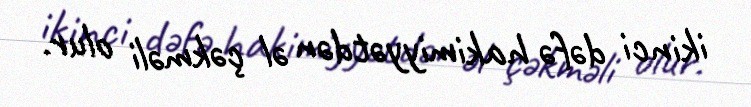
ikinci dəfə hakimiyyətdən əl çəkməli olur.